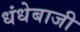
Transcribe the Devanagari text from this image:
धंधेबाजी